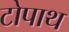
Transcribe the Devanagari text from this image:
टोपाथ